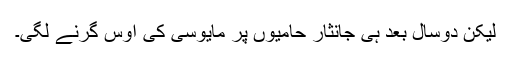
لیکن دوسال بعد ہی جانثار حامیوں پر مایوسی کی اوس گرنے لگی۔